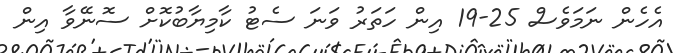
އެހެން ނަމަވެސް 25-19 އިން ހަތަރު ވަނަ ސެޓު ކާމިޔާބުކޮށް ސޮނޭވާ އިން